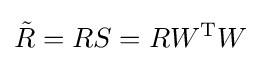
{\tilde {R}}=RS=RW^{\rm {T}}W